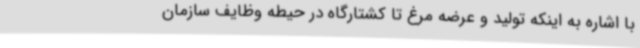
با اشاره به اینکه تولید و عرضه مرغ تا کشتارگاه در حیطه وظایف سازمان